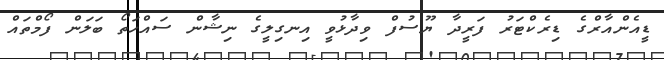
ޑީއެންއާރްގެ ޑިރެކްޓަރު ފަރީދާ ޔޫސުފް ވިދާޅުވީ އިނގިލީގެ ނިޝާން ސައްހަތޯ ބަލަން ފޯމްތައް